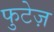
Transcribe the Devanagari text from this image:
फुटेज़